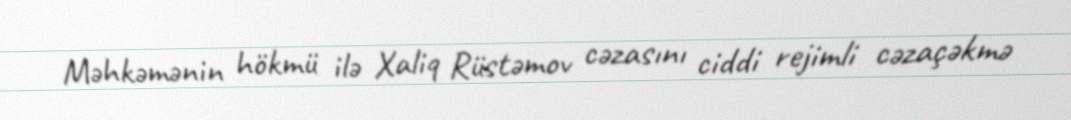
Məhkəmənin hökmü ilə Xaliq Rüstəmov cəzasını ciddi rejimli cəzaçəkmə